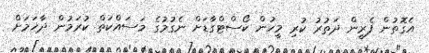
އެގޮތުން ފެރީން ދަތުރު ކުރި މީހުން ކޯސްޓްގާޑަށް ނެގުމުގެ މަސައްކަތް ކުރަމުން ދާޚަމަށް